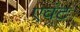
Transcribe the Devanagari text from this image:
एवंट